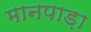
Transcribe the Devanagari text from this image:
मानपाड़ा